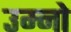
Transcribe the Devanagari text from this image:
उम्नो